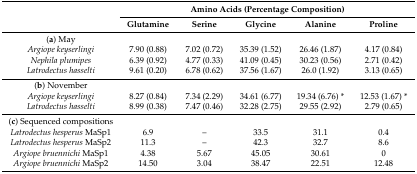
<table><thead><tr><td></td><td colspan="5"><b>Amino Acids (Percentage Composition)</b></td></tr><tr><td></td><td><b>Glutamine</b></td><td><b>Serine</b></td><td><b>Glycine</b></td><td><b>Alanine</b></td><td><b>Proline</b></td></tr></thead><tbody><tr><td>(<b>a</b>) May</td><td></td><td></td><td></td><td></td><td></td></tr><tr><td><i>Argiope keyserlingi</i></td><td>7.90 (0.88)</td><td>7.02 (0.72)</td><td>35.39 (1.52)</td><td>26.46 (1.87)</td><td>4.17 (0.84)</td></tr><tr><td><i>Nephila plumipes</i></td><td>6.39 (0.92)</td><td>4.77 (0.33)</td><td>41.09 (0.45)</td><td>30.23 (0.56)</td><td>2.71 (0.42)</td></tr><tr><td><i>Latrodectus hasselti</i></td><td>9.61 (0.20)</td><td>6.78 (0.62)</td><td>37.56 (1.67)</td><td>26.0 (1.92)</td><td>3.13 (0.65)</td></tr><tr><td>(<b>b</b>) November</td><td></td><td></td><td></td><td></td><td></td></tr><tr><td><i>Argiope keyserlingi</i></td><td>8.27 (0.84)</td><td>7.34 (2.29)</td><td>34.61 (6.77)</td><td>19.34 (6.76) *</td><td>12.53 (1.67) *</td></tr><tr><td><i>Latrodectus hasselti</i></td><td>8.99 (0.38)</td><td>7.47 (0.46)</td><td>32.28 (2.75)</td><td>29.55 (2.92)</td><td>2.79 (0.65)</td></tr><tr><td>(<b>c</b>) Sequenced compositions</td><td></td><td></td><td></td><td></td><td></td></tr><tr><td><i>Latrodectus hesperus</i> MaSp1</td><td>6.9</td><td>–</td><td>33.5</td><td>31.1</td><td>0.4</td></tr><tr><td><i>Latrodectus hesperus</i> MaSp2</td><td>11.3</td><td>–</td><td>42.3</td><td>32.7</td><td>8.6</td></tr><tr><td><i>Argiope bruennichi</i> MaSp1</td><td>4.38</td><td>5.67</td><td>45.05</td><td>30.61</td><td>0</td></tr><tr><td><i>Argiope bruennichi</i> MaSp2</td><td>14.50</td><td>3.04</td><td>38.47</td><td>22.51</td><td>12.48</td></tr></tbody></table>